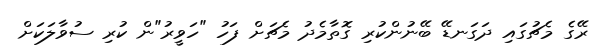
ރޭގެ މެޗުގައި ދަގަނޑޭ ބޭނުންކުރި ގޮތާމެދު މެޗަށް ފަހު "ހަވީރު"ން ކުރި ސުވާލަކަށް